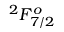
^ 2 F _ { 7 / 2 } ^ { o }